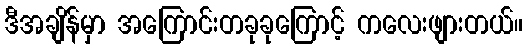
ဒီအချိန်မှာ အကြောင်းတခုခုကြောင့် ကလေးဖျားတယ်။